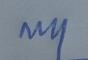
Signature authenticity: genuine